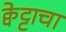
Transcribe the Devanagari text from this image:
क्वेट्टाचा